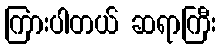
ကြားပါတယ် ဆရာကြီး